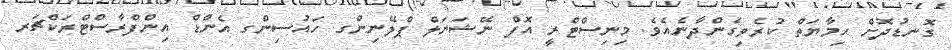
ގޮނޑުދޮށް ހިމާޔަތް ކުރެވިގެންދާނެއެވެ. މިނިސްޓްރީ އޮފް ނޭޝަނަލް ޕްލޭނިންގ ހައުސިންގ އެންޑް އިންފްރާސްޓްރަކްޗަރ